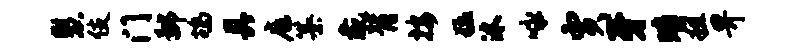
慧伎门鄙鸪具庭纂彘背按猛沐咏贾牙晴粗畀